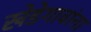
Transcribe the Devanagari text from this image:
खेडेगावांना